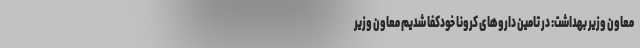
معاون وزیر بهداشت: در تامین داروهای کرونا خودکفا شدیم معاون وزیر